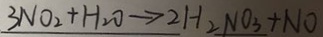
3 N O _ { 2 } + H _ { 2 } O \rightarrow 2 H _ { 2 } N O _ { 3 } + N O